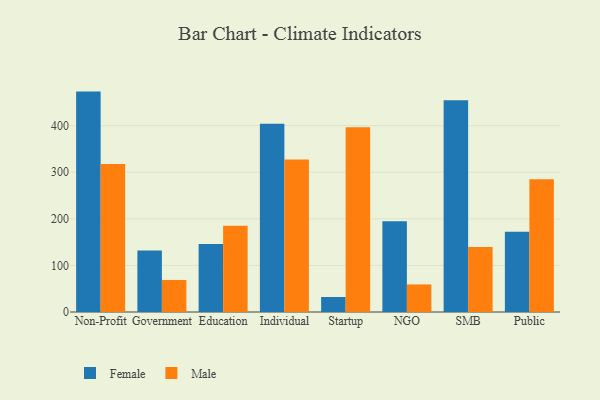
{"axis": {"x": "Segment", "y": "Revenue (USD Million)"}, "legend": ["Female", "Male"], "data": [{"x": "Non-Profit", "y": 473.2, "type": "Female"}, {"x": "Non-Profit", "y": 317.7, "type": "Male"}, {"x": "Government", "y": 132.1, "type": "Female"}, {"x": "Government", "y": 68.8, "type": "Male"}, {"x": "Education", "y": 145.8, "type": "Female"}, {"x": "Education", "y": 185.4, "type": "Male"}, {"x": "Individual", "y": 404.3, "type": "Female"}, {"x": "Individual", "y": 327.4, "type": "Male"}, {"x": "Startup", "y": 32.2, "type": "Female"}, {"x": "Startup", "y": 396.5, "type": "Male"}, {"x": "NGO", "y": 194.7, "type": "Female"}, {"x": "NGO", "y": 59.2, "type": "Male"}, {"x": "SMB", "y": 454.5, "type": "Female"}, {"x": "SMB", "y": 139.6, "type": "Male"}, {"x": "Public", "y": 172.4, "type": "Female"}, {"x": "Public", "y": 285.2, "type": "Male"}]}